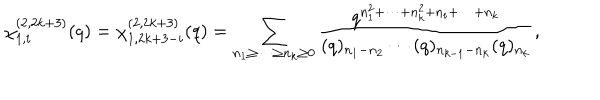
\chi _ { 1 , i } ^ { ( 2 , 2 k + 3 ) } ( q ) = \chi _ { 1 , 2 k + 3 - i } ^ { ( 2 , 2 k + 3 ) } ( q ) = \displaystyle \sum _ { n _ { 1 } \geq \cdots \geq n _ { k } \geq 0 } \frac { q ^ { n _ { 1 } ^ { 2 } + \cdots + n _ { k } ^ { 2 } + n _ { i } + \cdots + n _ { k } } } { ( q ) _ { n _ { 1 } - n _ { 2 } } \cdots ( q ) _ { n _ { k - 1 } - n _ { k } } ( q ) _ { n _ { k } } } ,